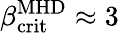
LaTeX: \beta_{\mathrm{crit}}^{\mathrm{MHD}}\approx 3\